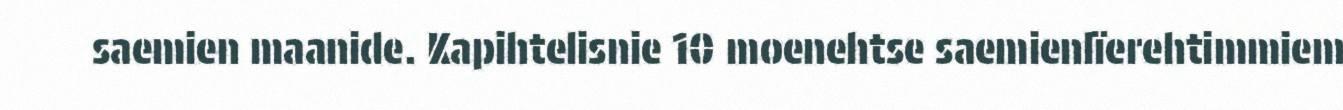
saemien maanide. Kapihtelisnie 10 moenehtse saemienlïerehtimmiem